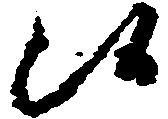
候